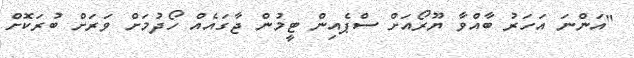
"އަންނަ އަހަރު ބާއްވާ ޔޫރޯއަށް ސްޕެއިން ޓީމުން ޖާގައެއް ހޯދުމަށް ވަރަށް ބުރަކޮށް